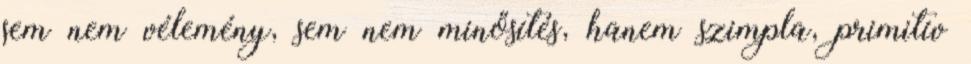
sem nem vélemény, sem nem minősítés, hanem szimpla, primitív